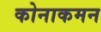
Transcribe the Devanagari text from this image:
कोनाकमन